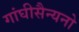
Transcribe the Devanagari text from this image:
गांघीसैन्यनो